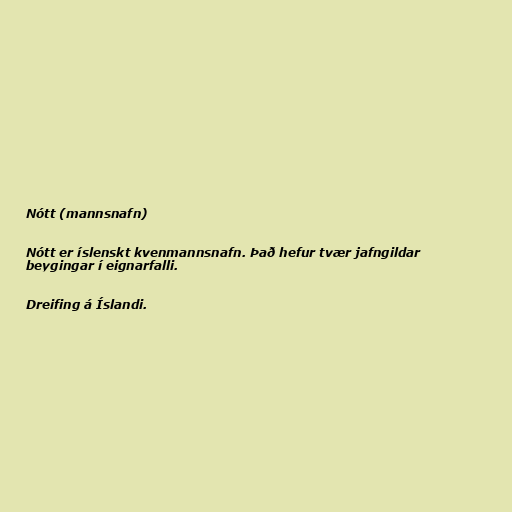
Nótt (mannsnafn)

Nótt er íslenskt kvenmannsnafn. Það hefur tvær jafngildar
beygingar í eignarfalli.

Dreifing á Íslandi.